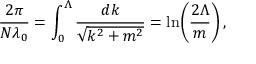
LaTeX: \frac { 2 \pi } { N \lambda _ { 0 } } = \int _ { 0 } ^ { \Lambda } \frac { d k } { \sqrt { k ^ { 2 } + m ^ { 2 } } } = \ln \! \left( \frac { 2 \Lambda } { m } \right) ,